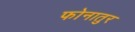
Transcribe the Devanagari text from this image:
फोनातुर